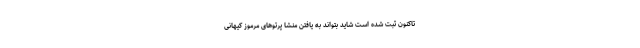
تاکنون ثبت شده است شاید بتواند به یافتن منشا پرتوهای مرموز کیهانی